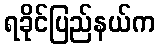
ရခိုင်ပြည်နယ်က